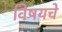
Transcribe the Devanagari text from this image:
विषयचे